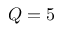
Q = 5